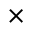
\times